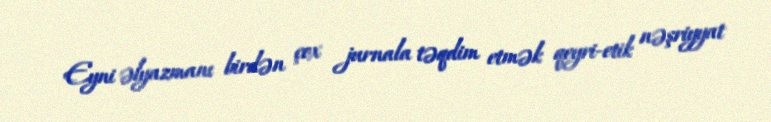
Eyni əlyazmanı birdən çox jurnala təqdim etmək qeyri-etik nəşriyyat